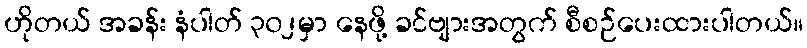
ဟိုတယ် အခန်း နံပါတ် ၃၀၂မှာ နေဖို့ ခင်ဗျားအတွက် စီစဉ်ပေးထားပါတယ်။